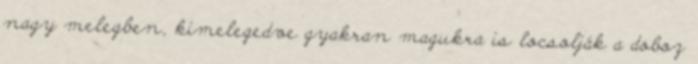
nagy melegben, kimelegedve gyakran magukra is locsolják a doboz